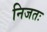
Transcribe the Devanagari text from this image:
निजतः